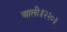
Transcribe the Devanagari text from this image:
आली॥२२०॥